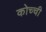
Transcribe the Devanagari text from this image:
कोच्‍ची